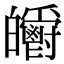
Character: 𤿃